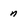
Character: n